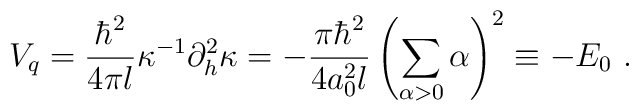
V_q = \frac{\hbar^2}{4\pi l}\kappa^{-1}\partial_h^2\kappa=-\frac{\pi\hbar^2}{4a_0^2l}\left(\sum\limits_{\alpha >0}\alpha\right)^2\equiv -E_0\ .